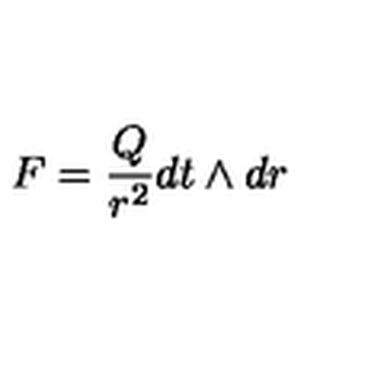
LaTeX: F = \frac { Q } { r ^ { 2 } } d t \wedge d r